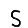
Digit: 5